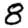
Digit: 8